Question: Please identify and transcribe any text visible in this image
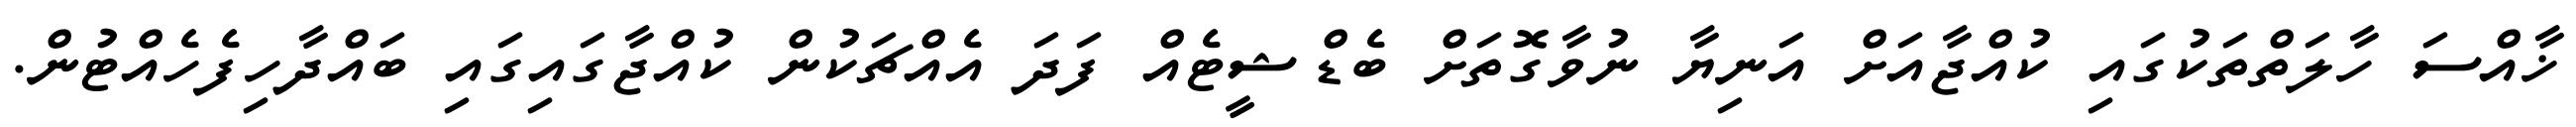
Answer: ޚާއްސަ ހާލަތްތަކުގައި ކުއްޖާއަށް އަނިޔާ ނުވާގޮތަށް ބެޑްޝީޓެއް ފަދަ އެއްޗަކުން ކުއްޖާގައިގައި ބައްދާހިފެހެއްޓުން.